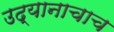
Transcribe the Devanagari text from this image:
उद्यानाचाच